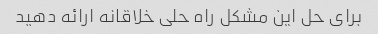
برای حل این مشکل راه حلی خلاقانه ارائه دهید